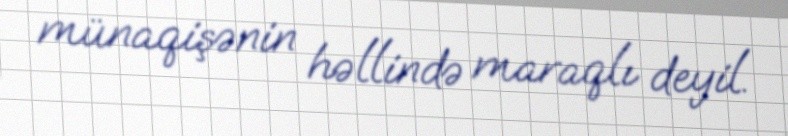
münaqişənin həllində maraqlı deyil.